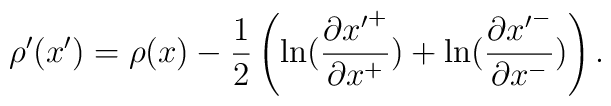
\rho'(x')=\rho(x) - \frac{1}{2}\left(\ln (\frac{\partial {x'}^+}{\partial x^+})+ \ln (\frac{\partial {x'}^-}{\partial x^-})                          \right).